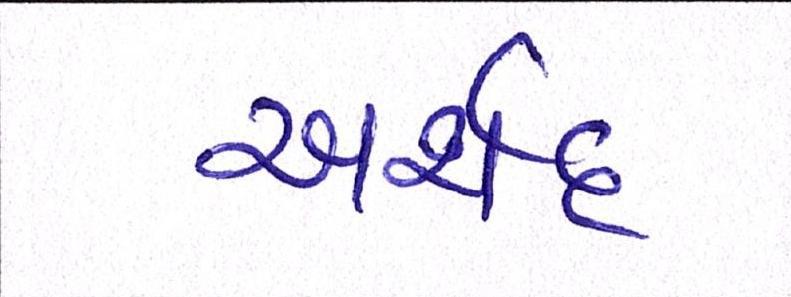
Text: અર્શદ